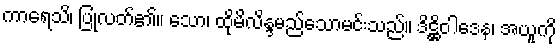
ကာရေသိ၊ ပြုလတ်၏။ သော၊ ထိုမိလိန္ဒမည်သောမင်းသည်။ ဒိဋ္ဌိဝါဒေန၊ အယူကို